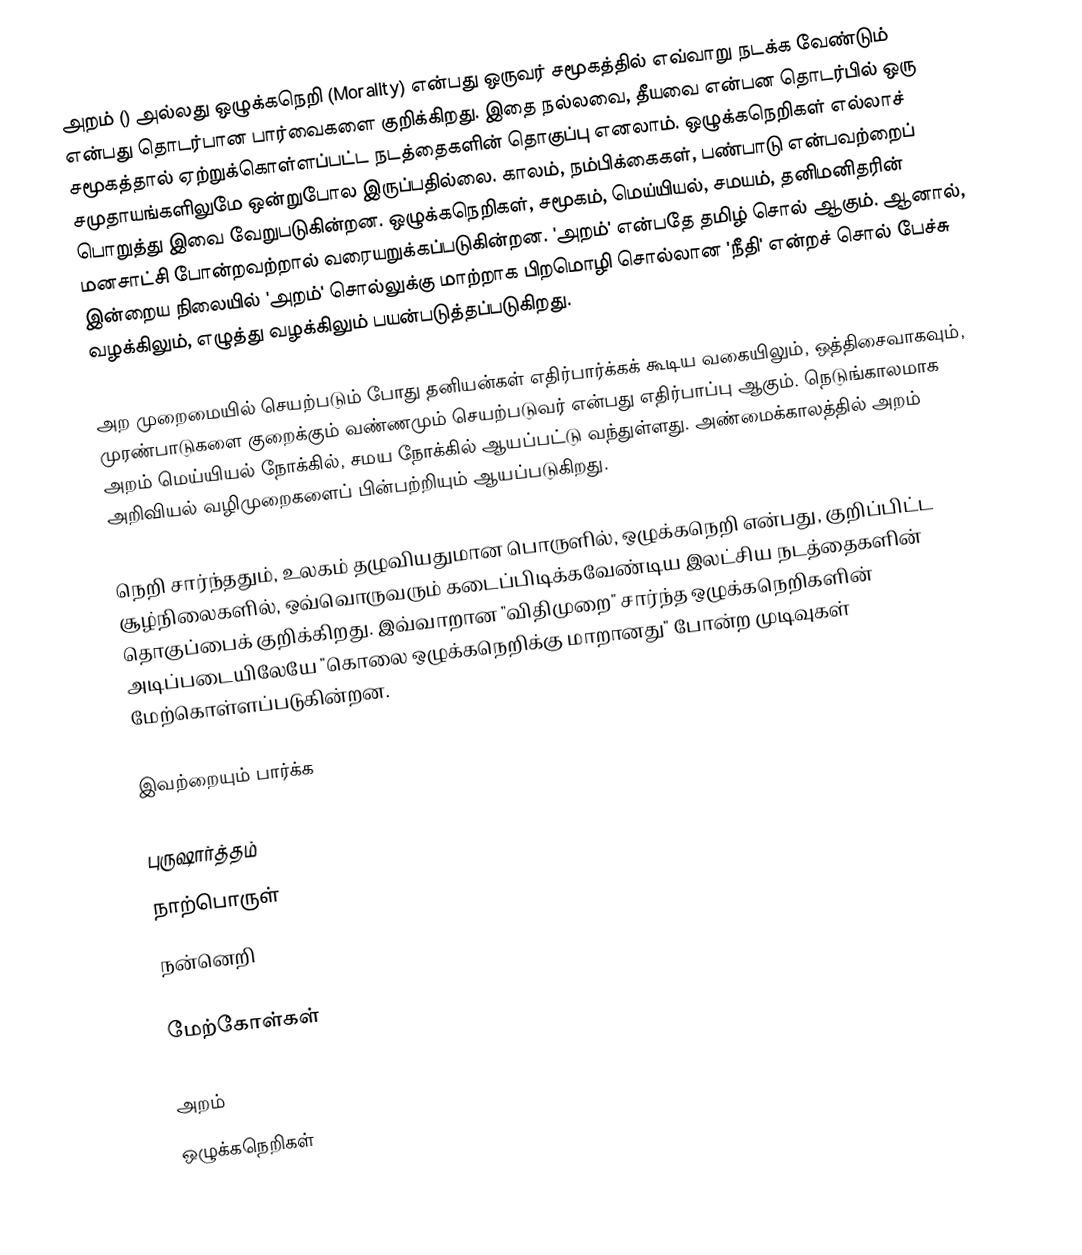
அறம் () அல்லது ஒழுக்கநெறி (Morality) என்பது ஒருவர் சமூகத்தில் எவ்வாறு நடக்க வேண்டும் என்பது தொடர்பான பார்வைகளை குறிக்கிறது. இதை நல்லவை, தீயவை என்பன தொடர்பில் ஒரு சமூகத்தால் ஏற்றுக்கொள்ளப்பட்ட நடத்தைகளின் தொகுப்பு எனலாம். ஒழுக்கநெறிகள் எல்லாச் சமுதாயங்களிலுமே ஒன்றுபோல இருப்பதில்லை. காலம், நம்பிக்கைகள், பண்பாடு என்பவற்றைப் பொறுத்து இவை வேறுபடுகின்றன. ஒழுக்கநெறிகள், சமூகம், மெய்யியல், சமயம், தனிமனிதரின் மனசாட்சி போன்றவற்றால் வரையறுக்கப்படுகின்றன. 'அறம்' என்பதே தமிழ் சொல் ஆகும். ஆனால், இன்றைய நிலையில் 'அறம்' சொல்லுக்கு மாற்றாக பிறமொழி சொல்லான 'நீதி' என்றச் சொல் பேச்சு வழக்கிலும், எழுத்து வழக்கிலும் பயன்படுத்தப்படுகிறது.

அற முறைமையில் செயற்படும் போது தனியன்கள் எதிர்பார்க்கக் கூடிய வகையிலும், ஒத்திசைவாகவும், முரண்பாடுகளை குறைக்கும் வண்ணமும் செயற்படுவர் என்பது எதிர்பாப்பு ஆகும்.  நெடுங்காலமாக அறம் மெய்யியல் நோக்கில், சமய நோக்கில் ஆயப்பட்டு வந்துள்ளது. அண்மைக்காலத்தில் அறம் அறிவியல் வழிமுறைகளைப் பின்பற்றியும் ஆயப்படுகிறது.

நெறி சார்ந்ததும், உலகம் தழுவியதுமான பொருளில், ஒழுக்கநெறி என்பது, குறிப்பிட்ட சூழ்நிலைகளில், ஒவ்வொருவரும் கடைப்பிடிக்கவேண்டிய இலட்சிய நடத்தைகளின் தொகுப்பைக் குறிக்கிறது. இவ்வாறான "விதிமுறை" சார்ந்த ஒழுக்கநெறிகளின் அடிப்படையிலேயே "கொலை ஒழுக்கநெறிக்கு மாறானது" போன்ற முடிவுகள் மேற்கொள்ளப்படுகின்றன.

இவற்றையும் பார்க்க

 புருஷார்த்தம்
 நாற்பொருள்
 நன்னெறி

மேற்கோள்கள்

அறம்
ஒழுக்கநெறிகள்